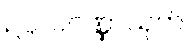
ဥပ္ပလဝဏ္ဏာသုတ်။